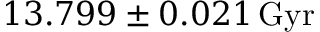
1 3 . 7 9 9 \pm 0 . 0 2 1 \, \mathrm { G y r }